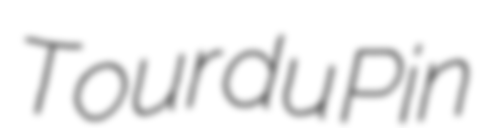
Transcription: Tour du Pin